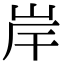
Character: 岸